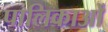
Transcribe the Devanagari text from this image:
पालिकाओँ